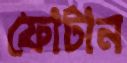
ফোটান